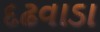
દઢવાડા